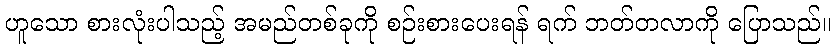
ဟူသော စားလုံးပါသည့် အမည်တစ်ခုကို စဉ်းစားပေးရန် ရက် ဘတ်တလာကို ပြောသည်။